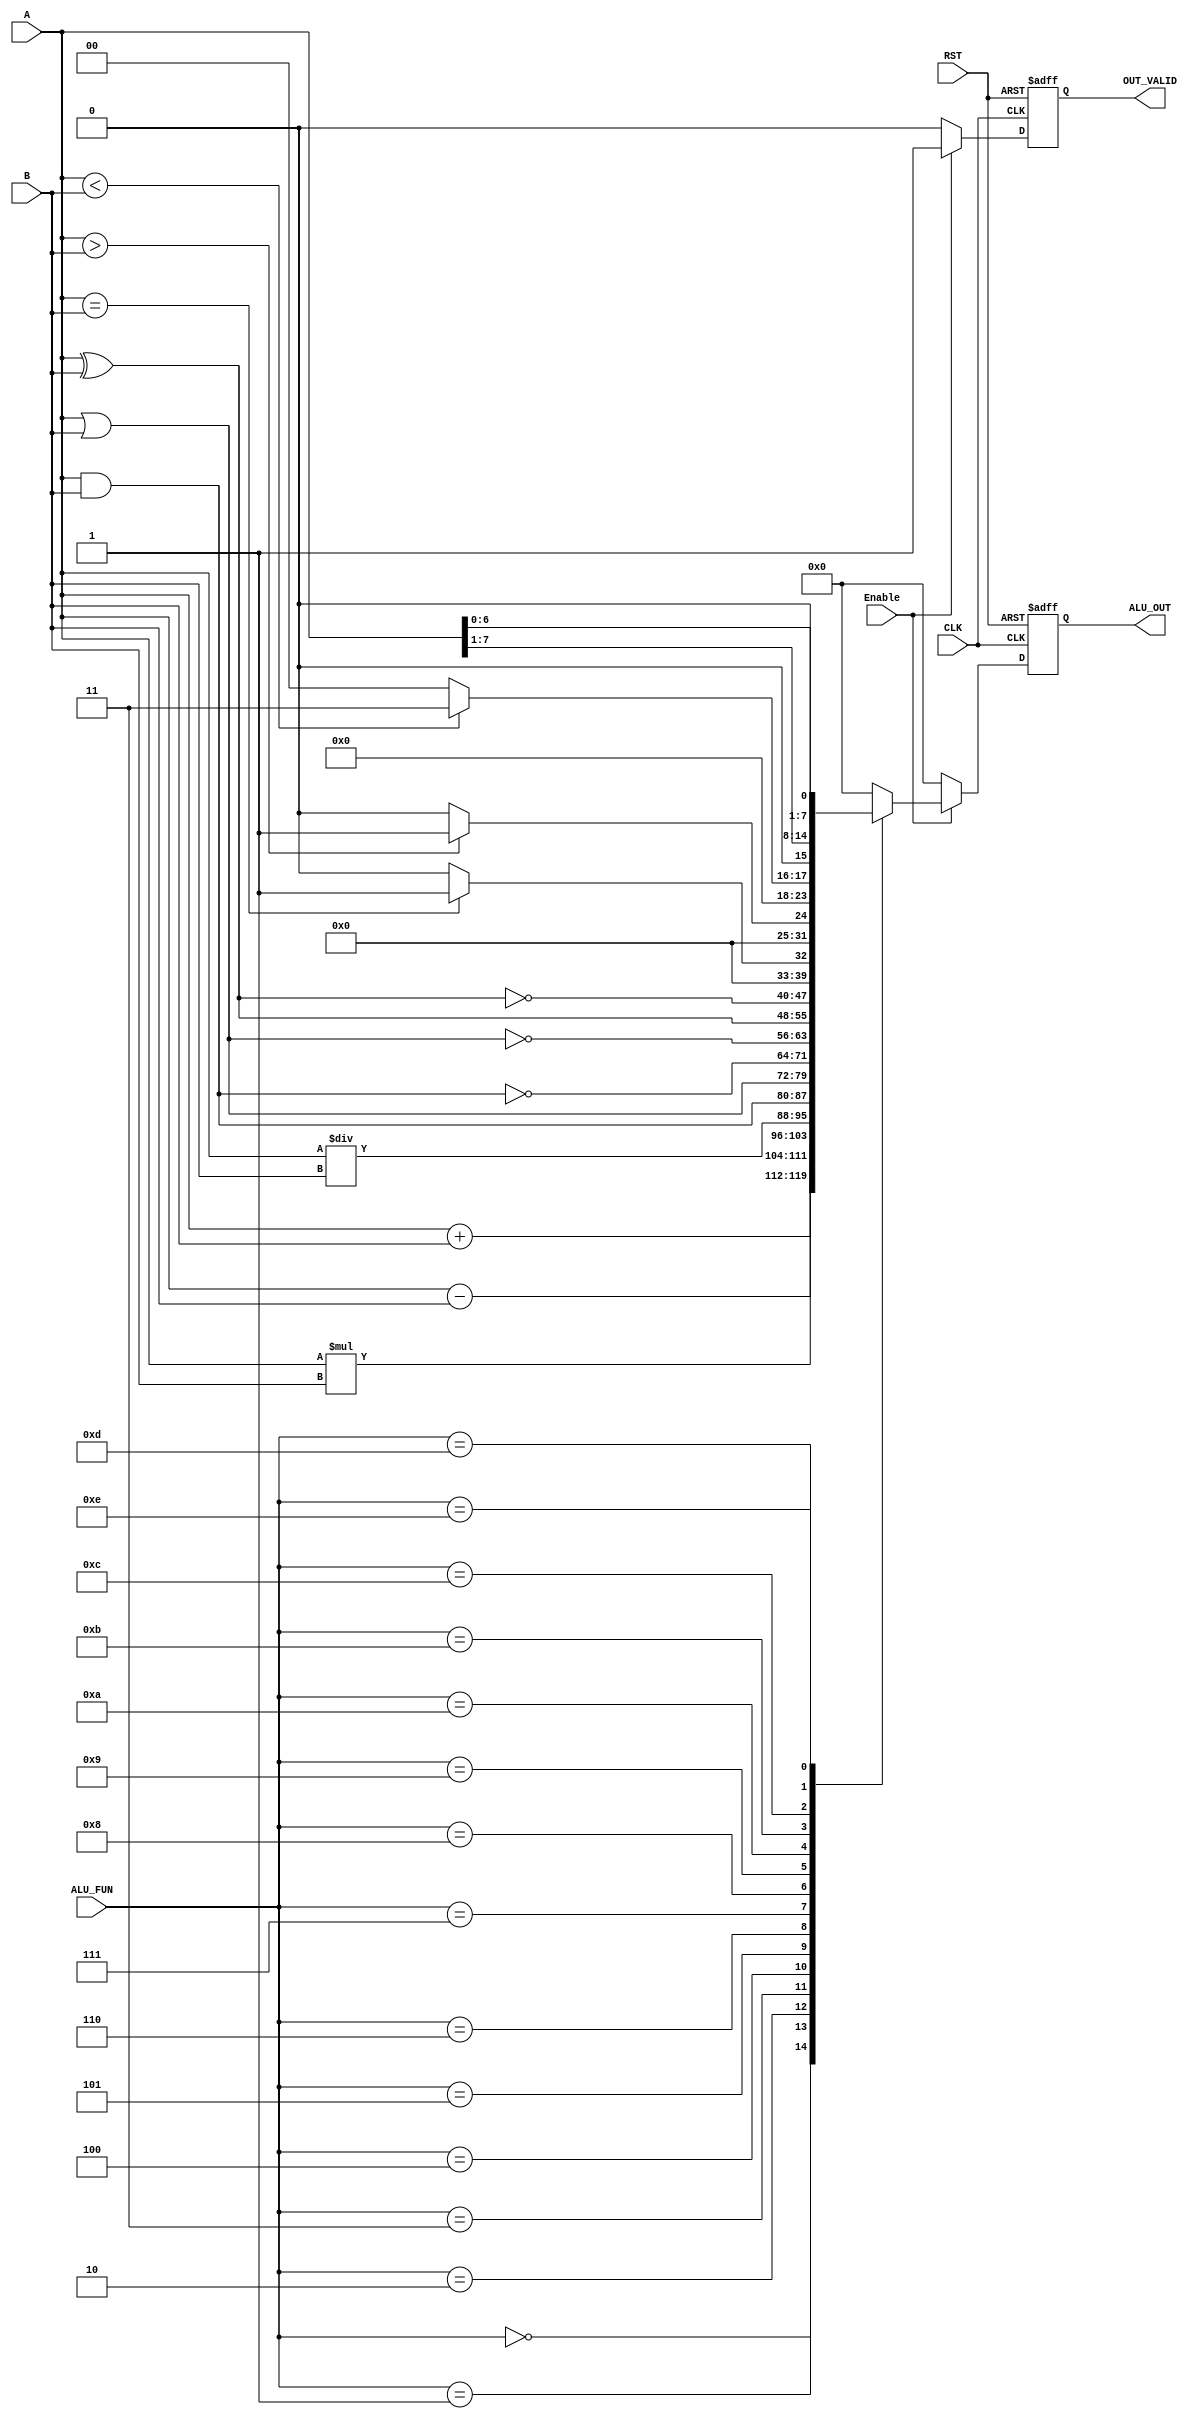
module ALU # ( parameter DATA_WIDTH = 8 , 
               parameter FUN_WIDTH = 4
) 
 (
  input wire [DATA_WIDTH-1:0]  A, B,
  input wire [FUN_WIDTH-1:0]   ALU_FUN,
  input wire                   CLK,
  input wire                   RST,
  input wire                   Enable,
  output reg [DATA_WIDTH-1:0]  ALU_OUT,
  output reg                   OUT_VALID
);
  

//internal_signals  
  reg   [DATA_WIDTH-1:0]  ALU_OUT_Comb;
  reg                     OUT_VALID_Comb;


always @(posedge CLK or negedge RST)
 begin
  if(!RST)
   begin
    ALU_OUT <= 'b0 ;
    OUT_VALID <= 'b0 ;
   end
  else
   begin
    ALU_OUT <= ALU_OUT_Comb;
    OUT_VALID <= OUT_VALID_Comb;
   end
 end  
  
always @(*)
 begin
  if(Enable)
   begin
     OUT_VALID_Comb = 1'b1 ;
     ALU_OUT_Comb = 1'b0 ;
    case (ALU_FUN) 
    4'b0000: begin
               ALU_OUT_Comb = A+B;
              end
    4'b0001: begin
               ALU_OUT_Comb = A-B;
              end
    4'b0010: begin
               ALU_OUT_Comb = A*B;
              end
    4'b0011: begin
               ALU_OUT_Comb = A/B;
              end
    4'b0100: begin
               ALU_OUT_Comb = A & B;
              end
    4'b0101: begin
               ALU_OUT_Comb = A | B;
              end
    4'b0110: begin
               ALU_OUT_Comb = ~ (A & B);
              end
    4'b0111: begin
               ALU_OUT_Comb = ~ (A | B);
              end     
    4'b1000: begin
               ALU_OUT_Comb =  (A ^ B);
              end
    4'b1001: begin
               ALU_OUT_Comb = ~ (A ^ B);
              end           
    4'b1010: begin
              if (A==B)
                 ALU_OUT_Comb = 16'b1;
              else
                 ALU_OUT_Comb = 16'b0;
              end
    4'b1011: begin
               if (A>B)
                 ALU_OUT_Comb = 16'b1;
               else
                 ALU_OUT_Comb = 16'b0;
              end 
    4'b1100: begin
               if (A<B)
                 ALU_OUT_Comb = 16'b11;
               else
                 ALU_OUT_Comb = 16'b0;
              end     
    4'b1101: begin
              ALU_OUT_Comb = A>>1;
             end
    4'b1110: begin 
              ALU_OUT_Comb = A<<1;
             end
    default: begin
	       OUT_VALID_Comb = 1'b1 ;
               ALU_OUT_Comb = 16'b0;
             end
    endcase
   end
  else
   begin
    OUT_VALID_Comb = 1'b0 ;
    ALU_OUT_Comb = 16'b0;
   end
 end
  
  

endmodule